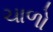
ચાળો